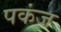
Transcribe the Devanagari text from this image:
पकंज